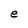
Character: e